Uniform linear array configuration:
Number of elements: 12
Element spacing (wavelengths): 0.5
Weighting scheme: exponential
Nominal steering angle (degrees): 30
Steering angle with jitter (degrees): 28.35
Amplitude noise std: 0.05
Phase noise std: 0.05

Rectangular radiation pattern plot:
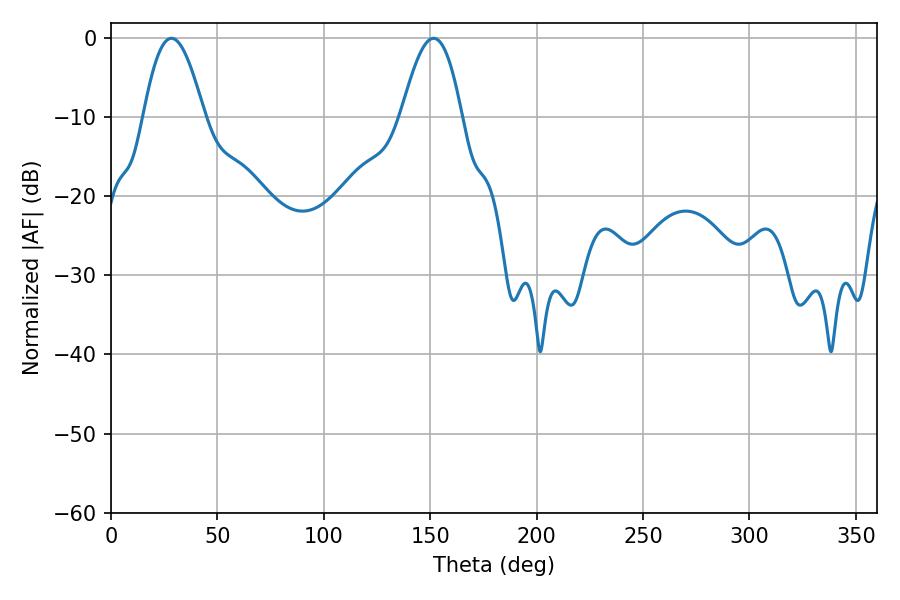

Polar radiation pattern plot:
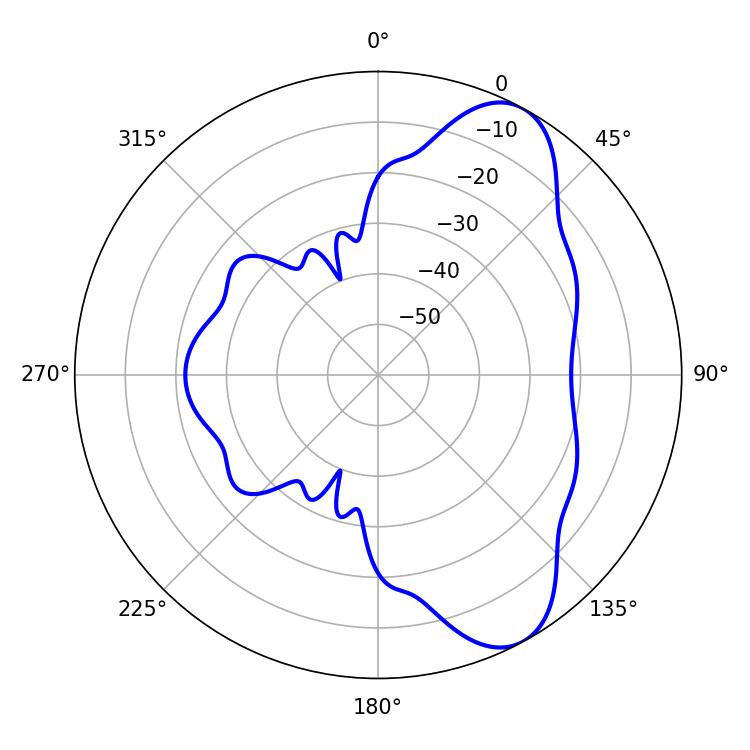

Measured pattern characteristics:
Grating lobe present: FALSE
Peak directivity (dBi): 8.162
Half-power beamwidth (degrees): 15.48
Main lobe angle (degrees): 28.44